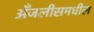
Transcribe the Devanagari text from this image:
अँजलीसमधील